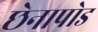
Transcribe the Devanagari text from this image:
छेनापोड